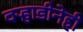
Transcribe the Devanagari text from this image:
वऱ्हाडीनेही